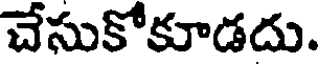
చేసుకోకూడదు.